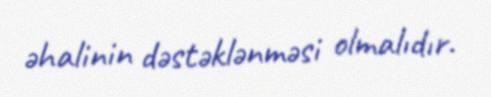
əhalinin dəstəklənməsi olmalıdır.